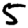
Digit: 5